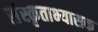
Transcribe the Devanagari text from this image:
संस्कृताभ्यासक